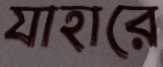
যাহারে